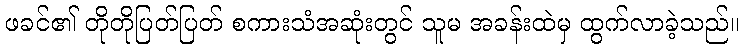
ဖခင်၏ တိုတိုပြတ်ပြတ် စကားသံအဆုံးတွင် သူမ အခန်းထဲမှ ထွက်လာခဲ့သည်။